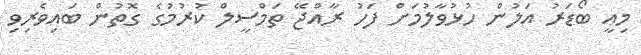
މިއީ ބޯޑަރު އަލުން ހުޅުވާލުމަށް ފަހު ރާއްޖޭ ތަމްސީލް ކުރުމުގެ ގޮތުން ބައިވެރިވި